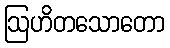
ဩဟိတသောတော